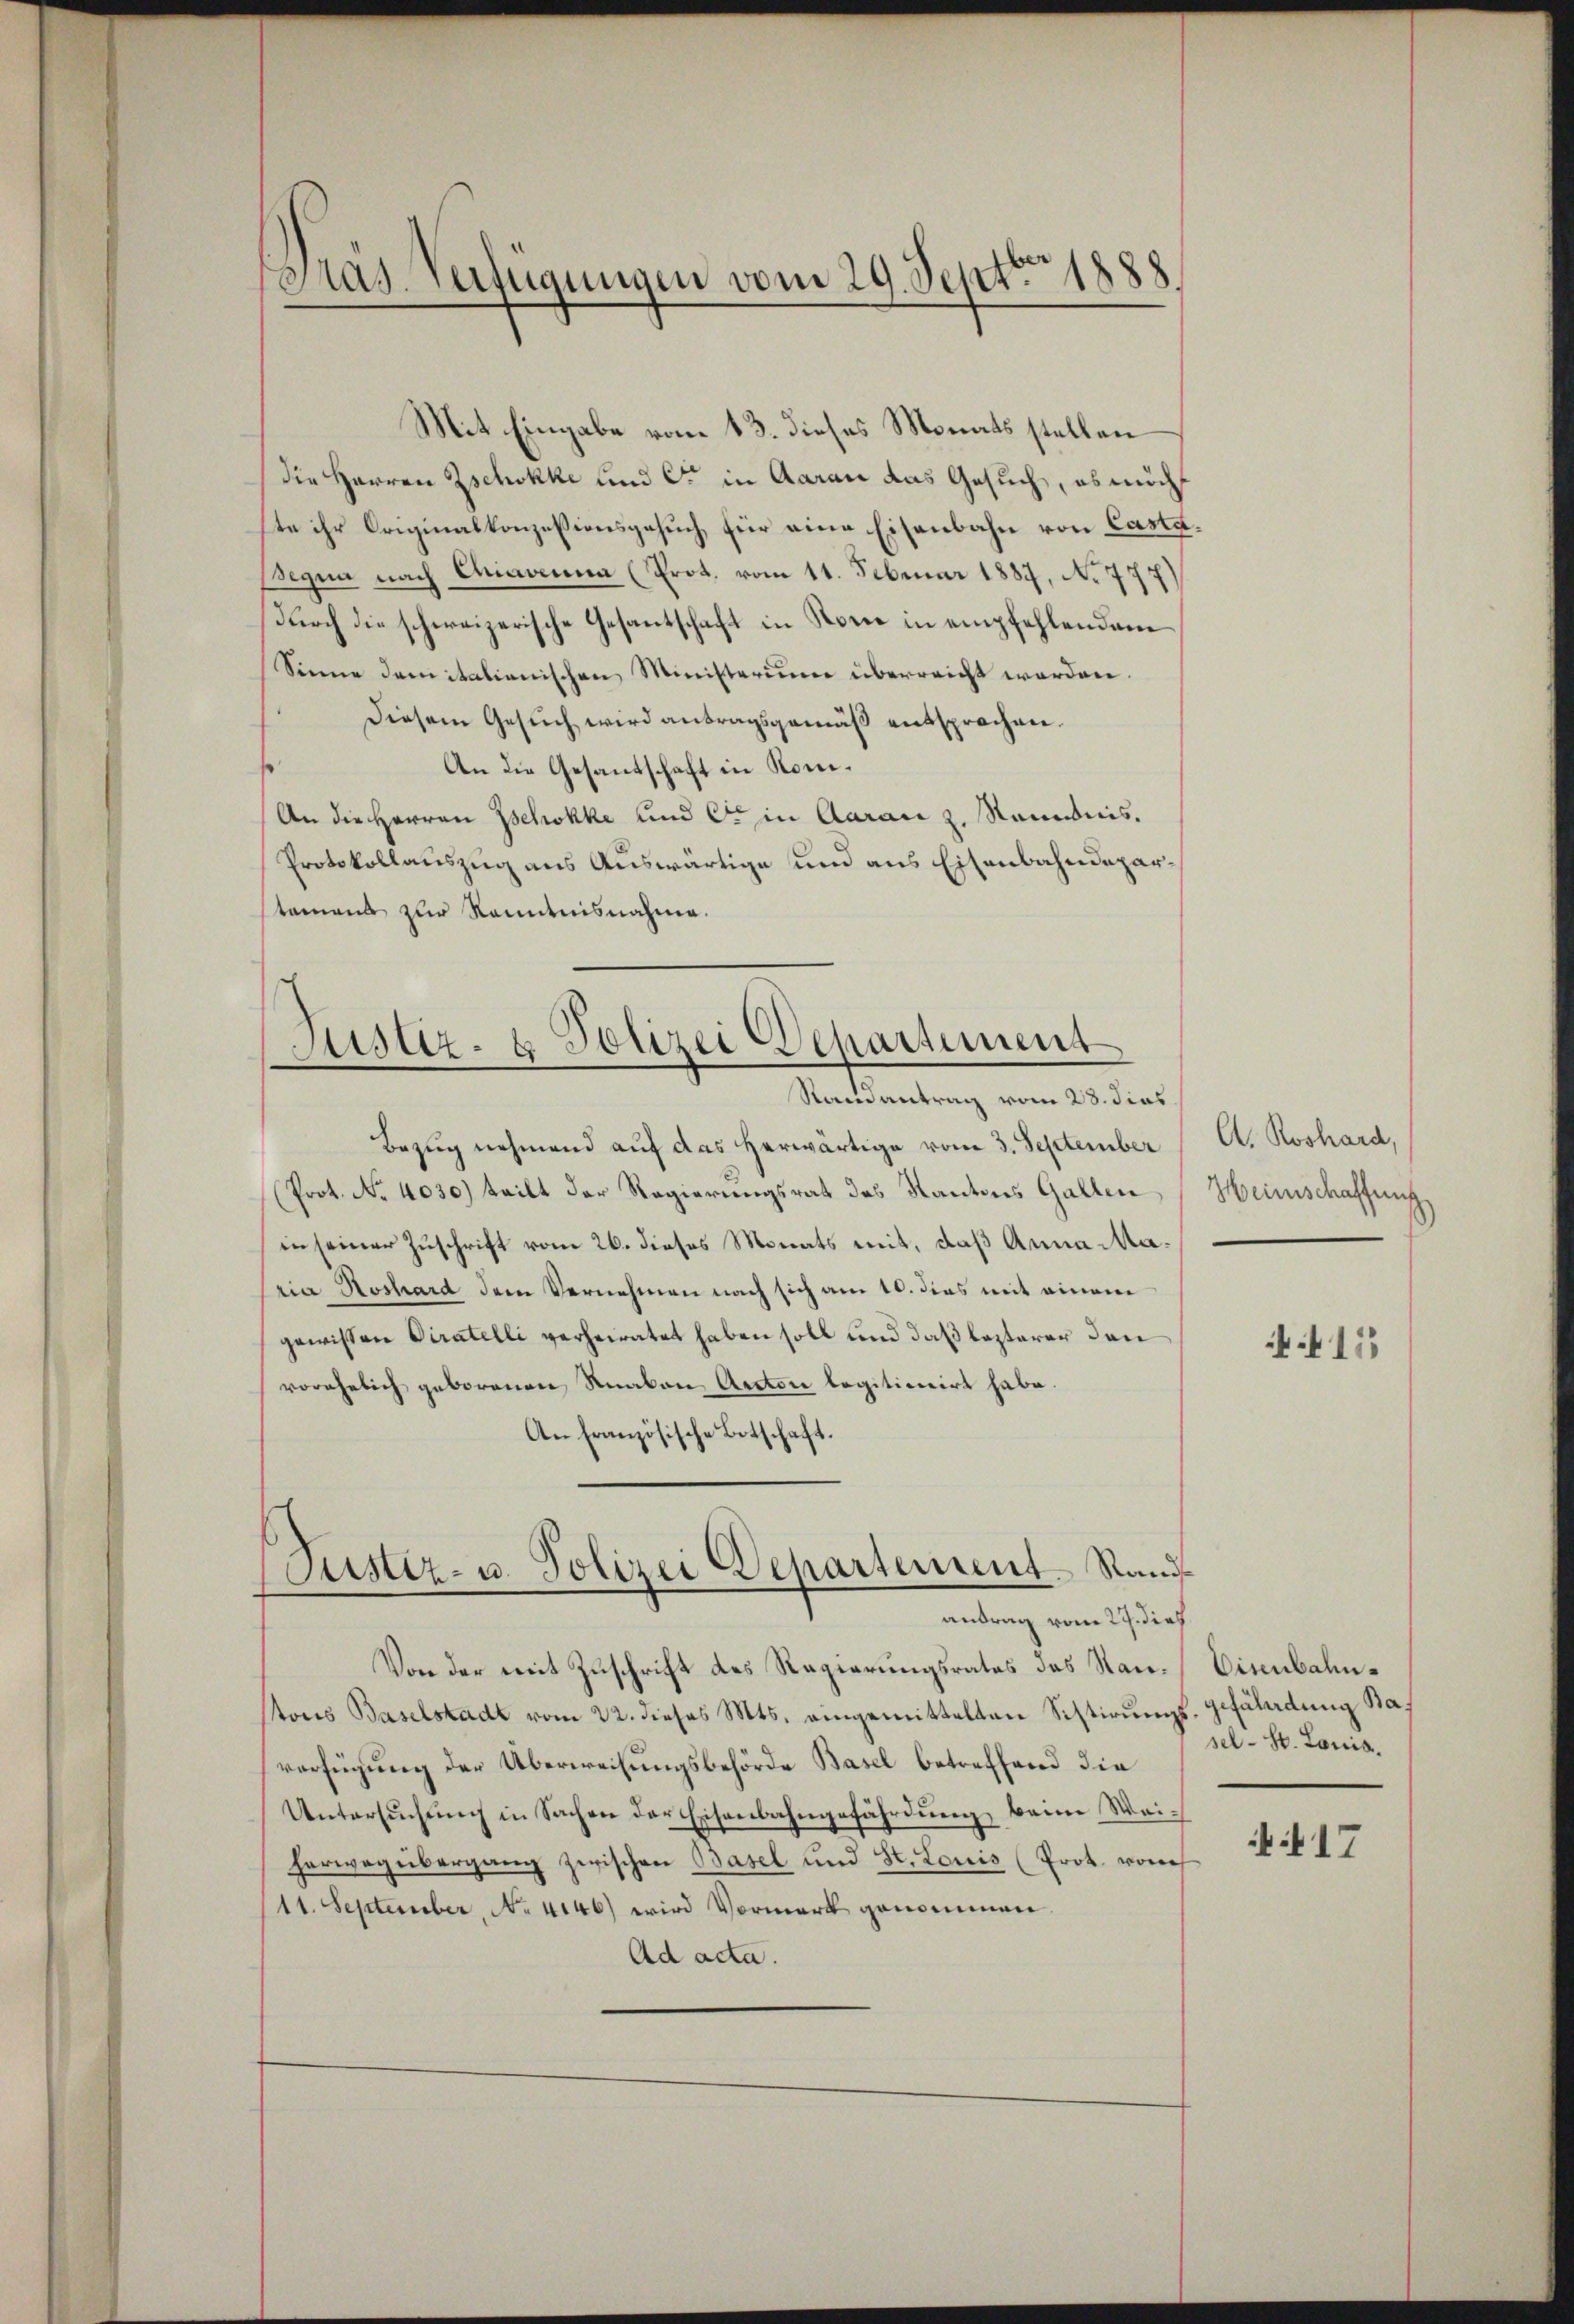
Mit Eingabe vom 13. dieses Monats stellen
die Herren Zschokke und C. in Aarau das Gesuch, es möcht
ste ihr Originalkonzessionsgesuch, für eine Eisenbahn von Casta¬
Begna nach Chiavenia (Prot. vom 11. Februar 1887, No 777)
Durch die schweizerische Gesantschaft in Store in empfehlenden
Sienne damitalienischen Ministerium überreicht worden.
Diesem Gesuch wird antragsgemäß entsprochen.
An die Gesandschaft in Kom¬
An die Herren Schokke und er in Aaran z. Renntnis.
Protokollauszug aus Auswärtige und aus Eisenbahndepartamens zur Kenntnisnahme.

Dräs. Verfügungen vom 29. Septbr. 1888.

Justiz- & Polizei Departement
Randantrag vom 28. dies

Bezug nehmend auf das herwärtige vom 3. September
Prot. No. 4030) teilt der Regierungsrat des Kantons Gallen
in seiner Zuschrift vom 26. dieses Monats mit, daß Anna Maria Hoshard dem Vernehmen nach sich am 10. dies mit einem
gewissen Piratelli verheiratet haben soll und daß lezterer den
vorehelich geborenen Knaben Actor legitionirt habe.
An französische Botschaft.

i
Justiz- u. Polizei Departement Randantrag vom 27. dies

A. Roshard,
Heinschaffung

Von der mit Zuschrift des Regierungsrates das San. Eisenbahnstons Baselstadt vom 22. dieses Mts. eingemittelten Sistirungsverfügung der Überweisungsbehörde Basel betreffend die
Untersŭchŭng in Sachen der Eisenbahngefährdung beim Wei-
herweg übergang zwischen Basel und St. Louis (Prot. vom
11. September, No. 4146) wird Vormerk genommen.
Ad acta.

415

gefährdung Basel-St. Louis.

17